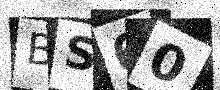
Text: BS60